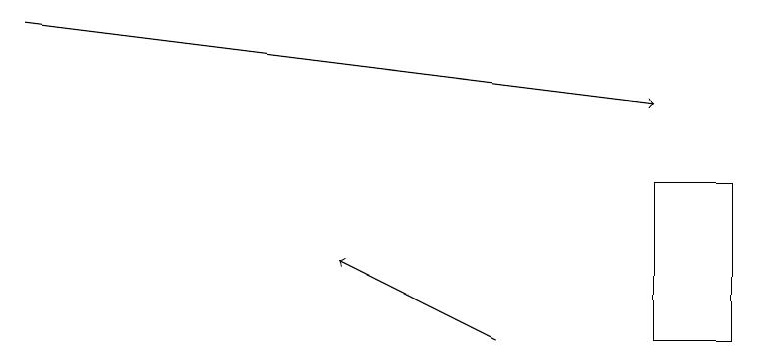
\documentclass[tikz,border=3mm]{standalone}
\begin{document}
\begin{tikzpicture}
\draw (9,14) rectangle (8,12);
\draw[->] (6,12) -- (4,13);
\draw[->] (0,16) -- (8,15);
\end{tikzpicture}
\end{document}